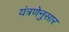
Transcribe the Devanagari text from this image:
यंत्रणेनुसार